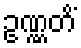
ဥဏ္ဏတိံ